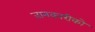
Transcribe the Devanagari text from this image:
जानकारीको